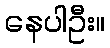
နေပါဦး။